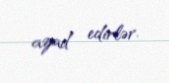
azad edirlər.